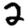
Digit: 2